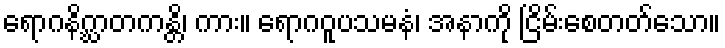
ရောဂနိဂ္ဃာတကန္တိ၊ ကား။ ရောဂဝူပသမနံ၊ အနာကို ငြိမ်းစေတတ်သော။